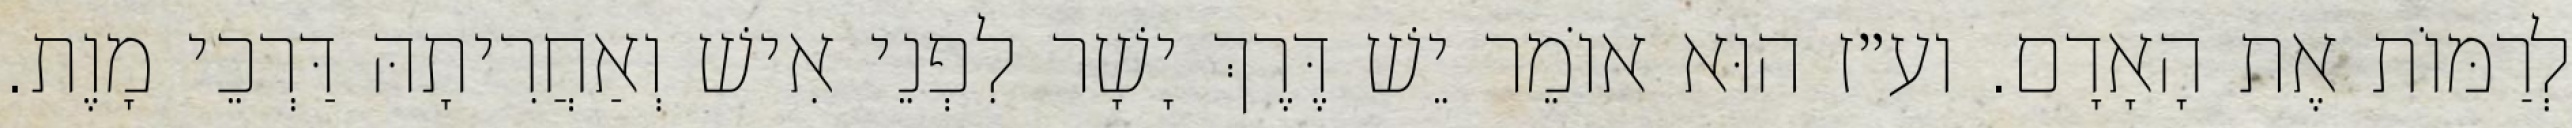
לְרַמּוֹת אֶת הָאָדָם. וע״ז הוּא אוֹמֵר יֵשׁ דֶּרֶךְ יָשָׁר לִפְנֵי אִישׁ וְאַחֲרִיתָהּ דַּרְכֵי מָוֶת.